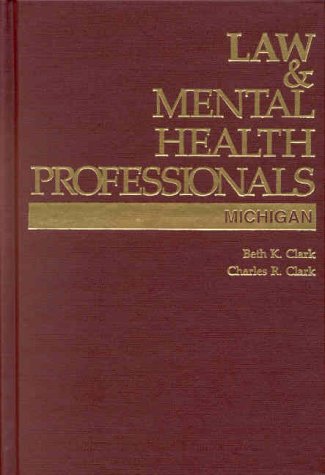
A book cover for Law and Mental Health Professionals: Michigan (Law & Mental Health Professionals); Beth K. Clark; Law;